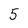
Character: 5